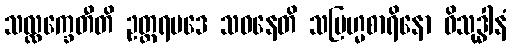
သလ္လက္ခေတီတိ ဥတ္တရပဒေ သဝနေတိ သဗြဟ္မစာရိနော ဝိသုဒ္ဓါနံ